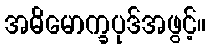
အဓိမောက္ခပုဒ်အဖွင့်။